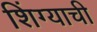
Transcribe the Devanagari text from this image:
शिंग्याची